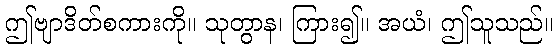
ဤဗျာဒိတ်စကားကို။ သုတွာန၊ ကြား၍။ အယံ၊ ဤသူသည်။